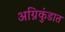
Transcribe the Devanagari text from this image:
अग्निकुंडात